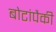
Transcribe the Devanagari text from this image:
बोटांपैकी